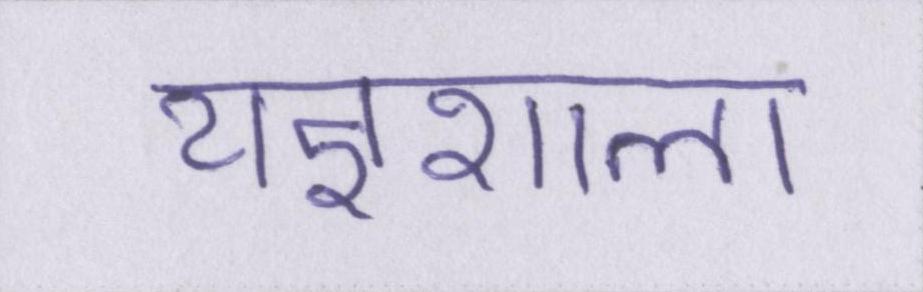
यज्ञशाला